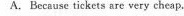
A. Because tickets are very cheap.